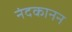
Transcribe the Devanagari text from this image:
नंदकानन